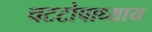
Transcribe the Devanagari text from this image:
चटटोपाध्याय